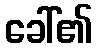
ခေါ်၏